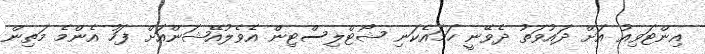
އިންޓަވިއު އަށް ދައުވަތު ދެވޭނީ ހަމައެކަނި ޝޯޓްލިސްޓިން އެވެލުއޭޝަންއަށް ފަހު އެންމެ މަތިން